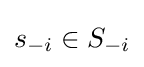
s_{-i}\in S_{-i}